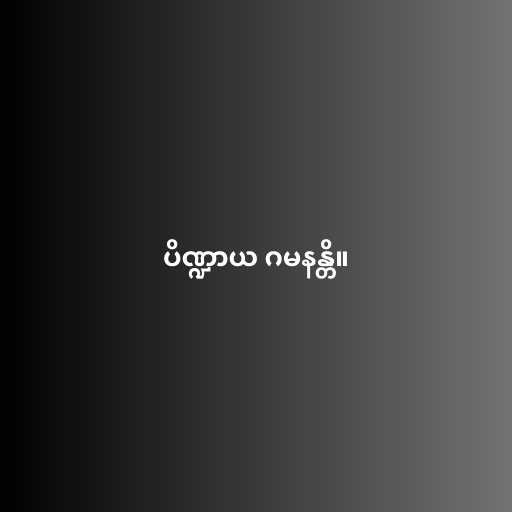
ပိဏ္ဍာယ ဂမနန္တိ။